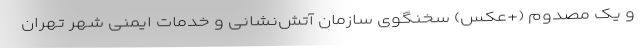
و یک مصدوم (+عکس) سخنگوی سازمان آتش‌نشانی و خدمات ایمنی شهر تهران